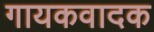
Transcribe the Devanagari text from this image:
गायकवादक